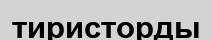
тиристорды